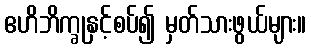
ဧဟိဘိက္ခုနှင့်စပ်၍ မှတ်သားဖွယ်များ။